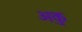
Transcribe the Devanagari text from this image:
अकु